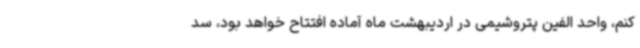
کنم، واحد الفین پتروشیمی در اردیبهشت ماه آماده افتتاح خواهد بود، سد